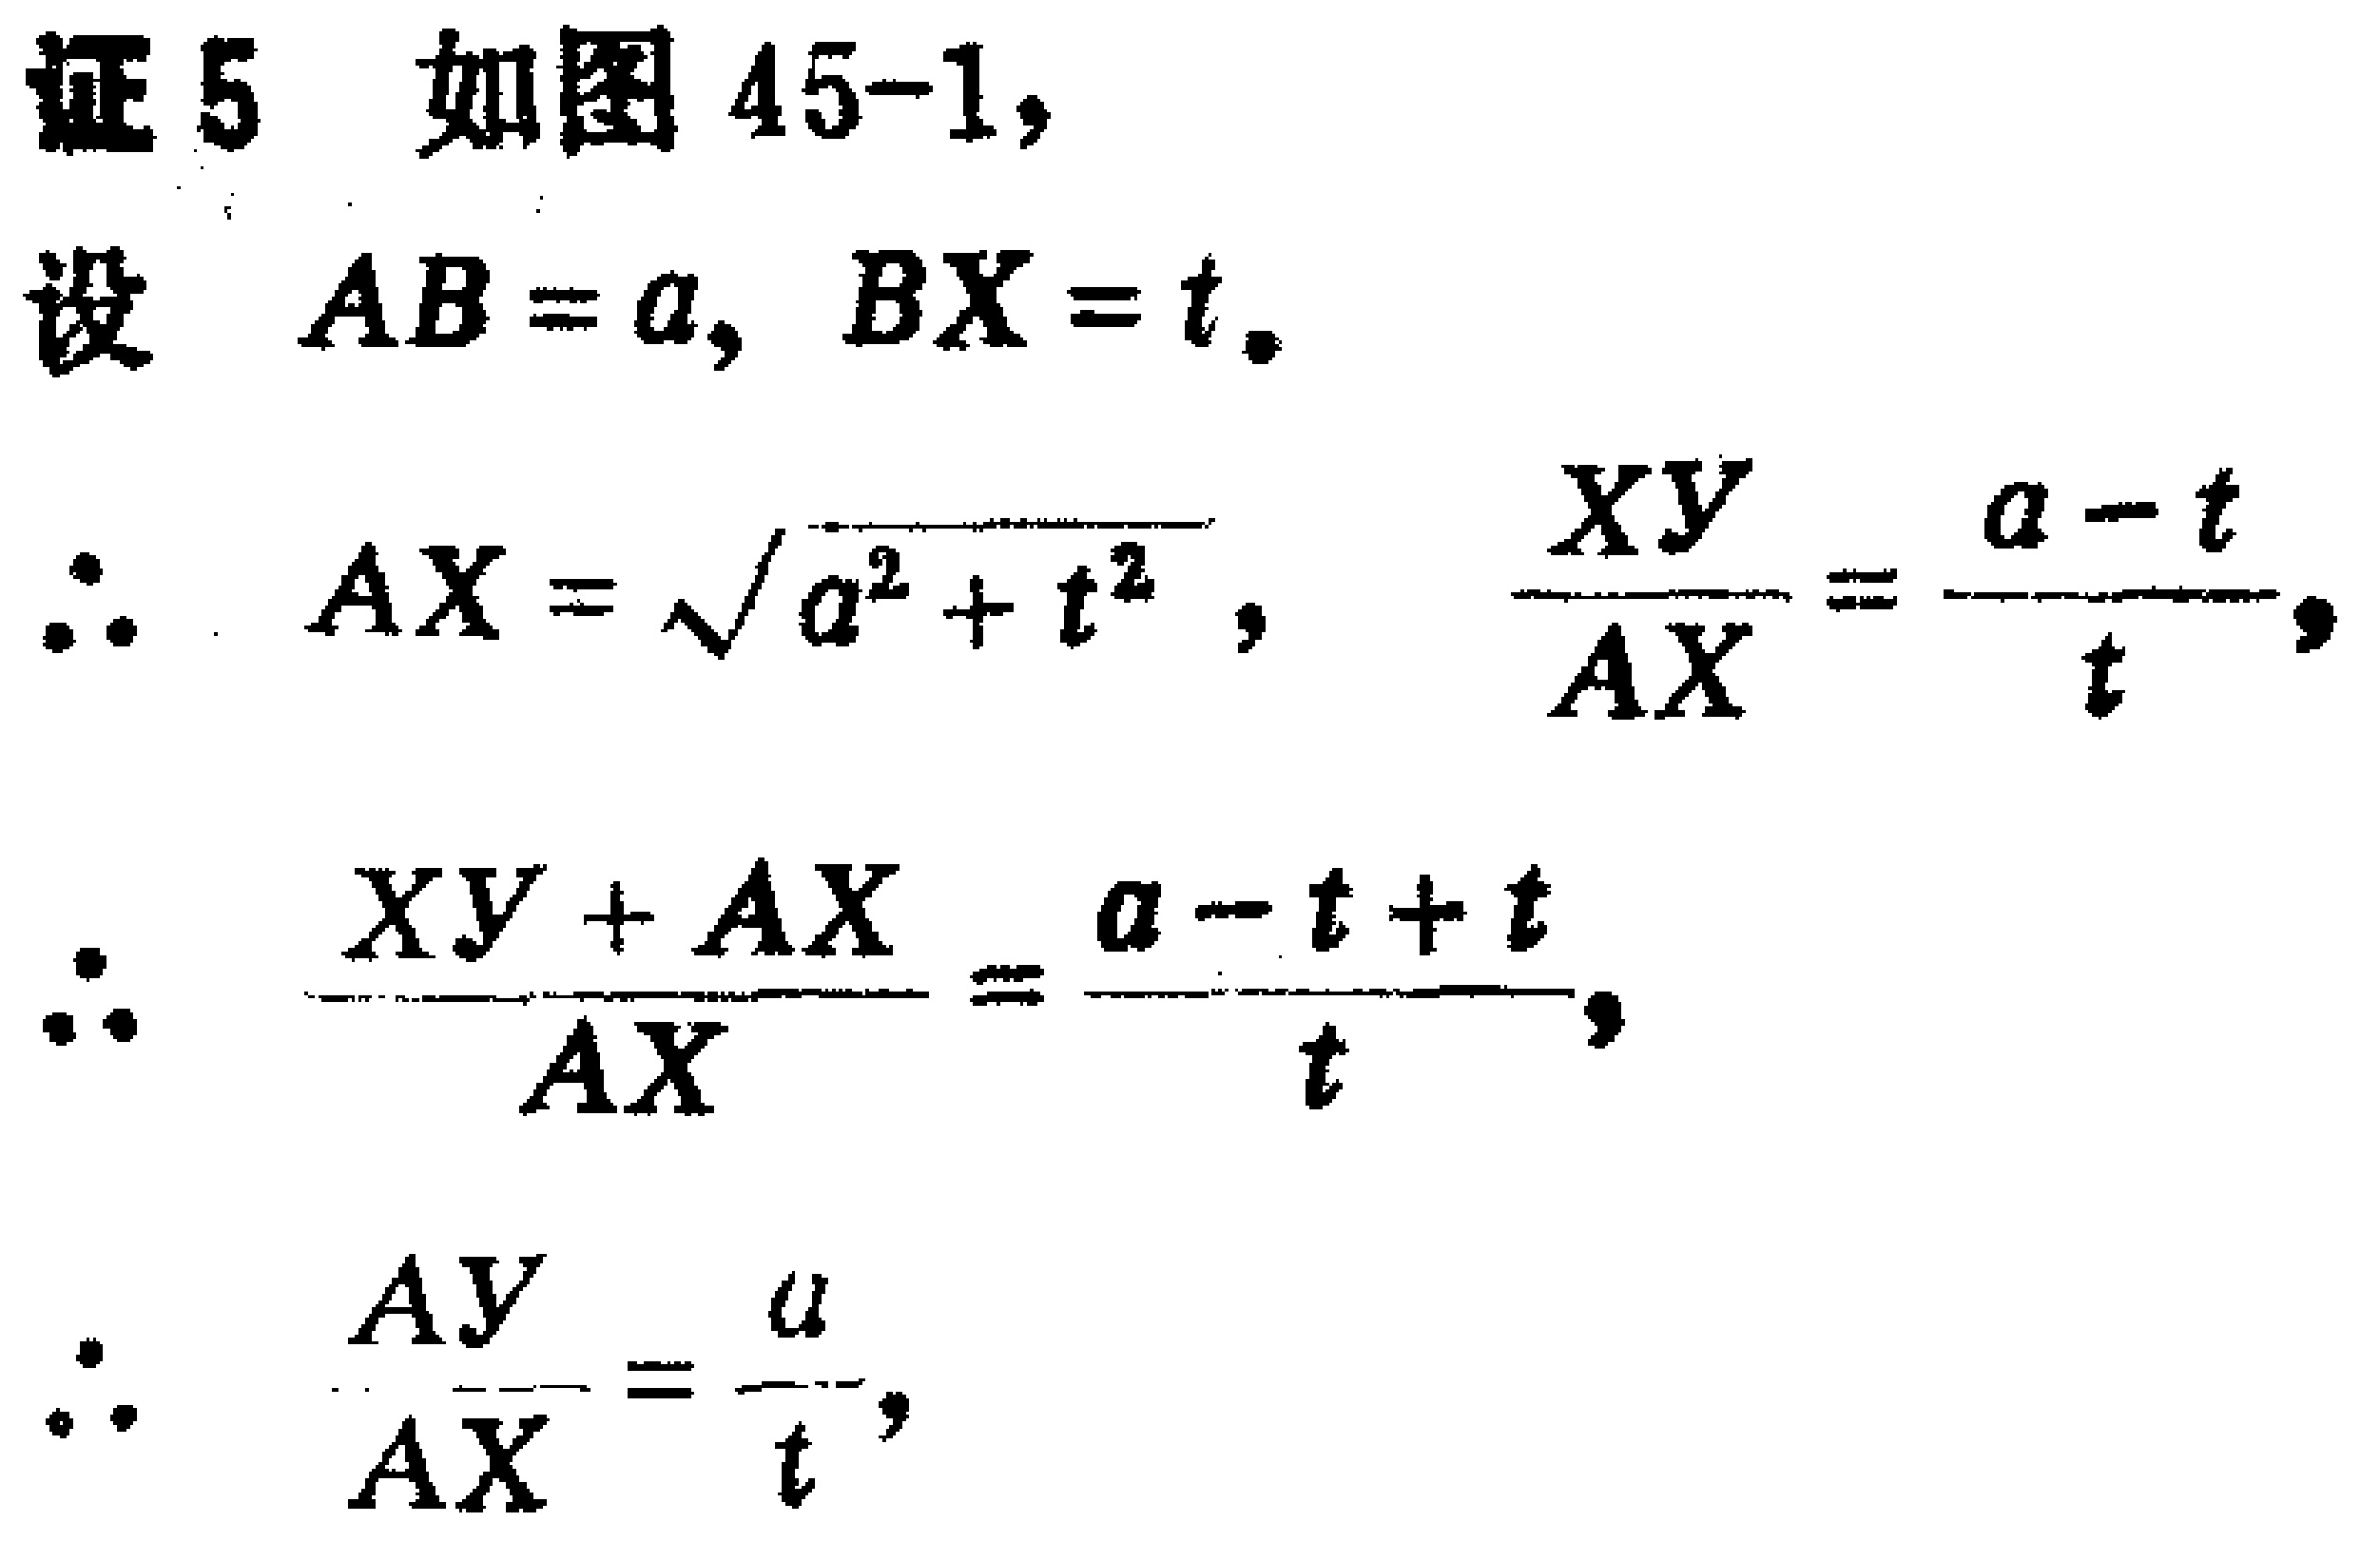
证5 如图45-1，
设 \(AB = a, BX = t\)。
\(\therefore AX=\sqrt{a^{2}+t^{2}}, \frac{XY}{AX}=\frac{a - t}{t}\)，
\(\therefore \frac{XY + AX}{AX}=\frac{a - t + t}{t}\)，
\(\therefore \frac{AY}{AX}=\frac{a}{t}\)，